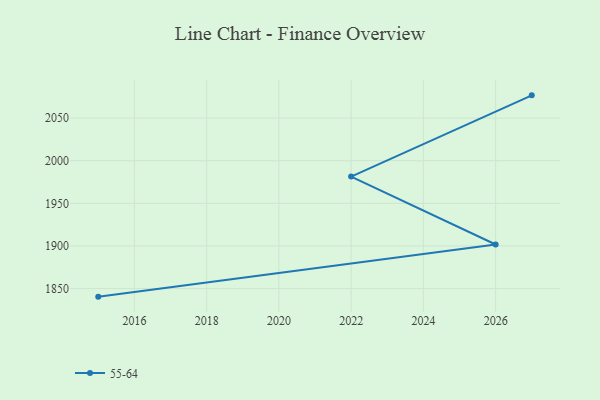
{"axis": {"x": "Year", "y": "Gross Profit (USD K)"}, "legend": ["55-64"], "data": [{"x": "2027", "y": 2076.7, "type": "55-64"}, {"x": "2022", "y": 1981.4, "type": "55-64"}, {"x": "2026", "y": 1901.7, "type": "55-64"}, {"x": "2015", "y": 1840.5, "type": "55-64"}]}